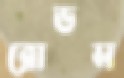
রোডস